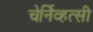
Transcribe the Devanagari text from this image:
चेर्निव्हत्सी